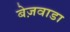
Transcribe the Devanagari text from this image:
बेज़वाडा